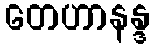
တေဟာနန္ဒ